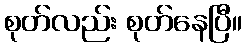
စုတ်လည်း စုတ်နေပြီ။